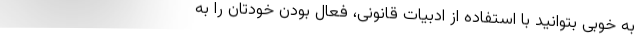
به خوبی بتوانید با استفاده از ادبیات قانونی، فعال بودن خودتان را به